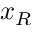
x _ { R }